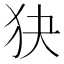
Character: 㹟